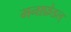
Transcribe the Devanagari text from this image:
मनाफ़ेडल्